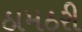
ઠામઠરી